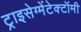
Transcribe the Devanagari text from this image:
ट्राइसेग्मेंटेक्टॉमी